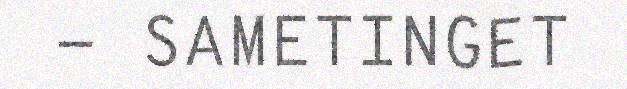
- SAMETINGET